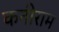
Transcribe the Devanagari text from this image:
कनीराम